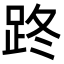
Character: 𨀐